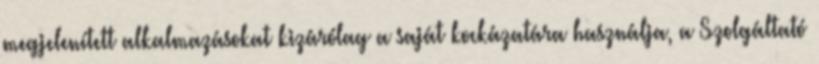
megjelenített alkalmazásokat kizárólag a saját kockázatára használja, a Szolgáltató